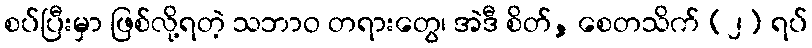
စပ်ပြီးမှာ ဖြစ်လို့ရတဲ့ သဘာဝ တရားတွေ၊ အဲဒီ စိတ်, စေတသိက် (၂) ရပ်